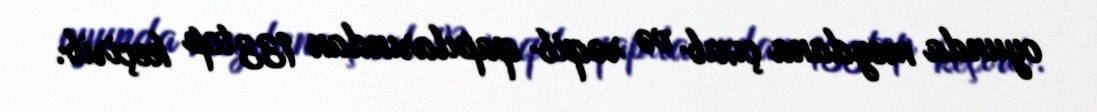
oyunda meydana çıxıb və rəqib qapılarından 133 top keçirib.